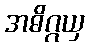
အဓိဂ္ဂယှ